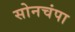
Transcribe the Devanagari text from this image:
सोनचंपा